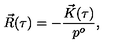
\vec { R } ( \tau ) = - \frac { \vec { K } ( \tau ) } { p ^ { o } } ,